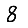
Digit: 8